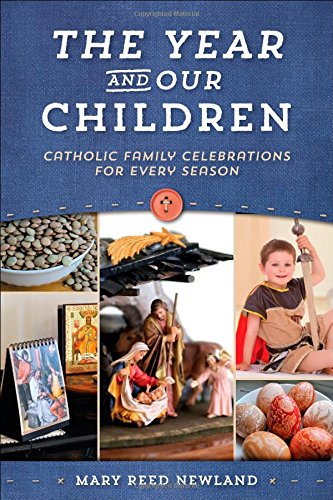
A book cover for The Year & Our Children: Catholic Family Celebrations for Every Season; Mary Reed Newland; Christian Books & Bibles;